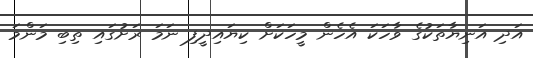
އަދި އަނިޔާތަކުގެ ވާހަކަ އެހެން މީހަކަށް ކިޔައިދީފި ނަމަ ރަށުގައި ތިބި މަންމަ